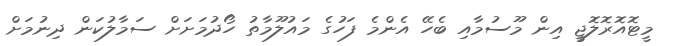
މީޓޮއޮރޮލޮޖީ އިން މޫސުމާއި ބެހޭ އެންމެ ފަހުގެ މައުލޫމާތު ހޯދުމަށަށް ސަމާލުކަން ދިނުމަށް